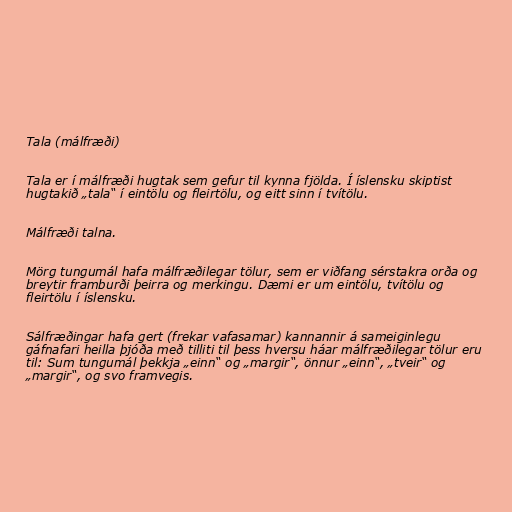
Tala (málfræði)

Tala er í málfræði hugtak sem gefur til kynna fjölda. Í íslensku skiptist
hugtakið „tala“ í eintölu og fleirtölu, og eitt sinn í tvítölu.

Málfræði talna.

Mörg tungumál hafa málfræðilegar tölur, sem er viðfang sérstakra orða og
breytir framburði þeirra og merkingu. Dæmi er um eintölu, tvítölu og
fleirtölu í íslensku.

Sálfræðingar hafa gert (frekar vafasamar) kannannir á sameiginlegu
gáfnafari heilla þjóða með tilliti til þess hversu háar málfræðilegar tölur eru
til: Sum tungumál þekkja „einn“ og „margir“, önnur „einn“, „tveir“ og
„margir“, og svo framvegis.